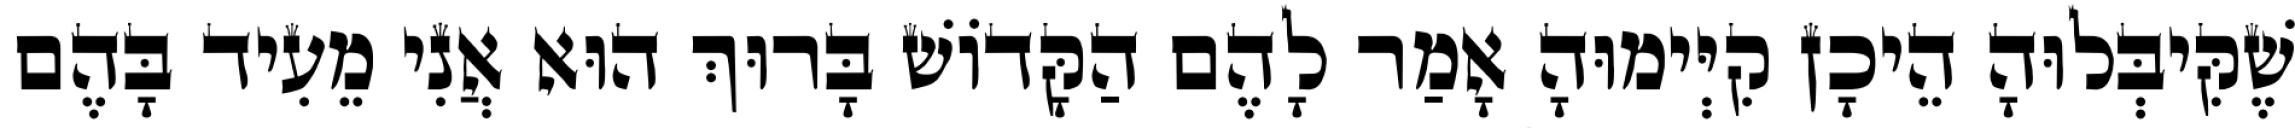
שֶׁקִּיבְּלוּהָ הֵיכָן קִיְּימוּהָ אָמַר לָהֶם הַקָּדוֹשׁ בָּרוּךְ הוּא אֲנִי מֵעִיד בָּהֶם